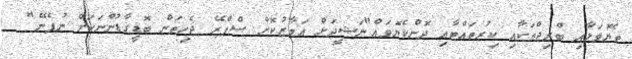
ތެޔޮވަޅާއި ބްރިޖްތަކާއި ކިރުތައްޓާއި ދޮންކެޔޮވައް"ނަޝީދަށް އަމާޒުކޮށް ސްޕްރޭ ޖެހިތަން ބޮޑީގާޑުންނަކަށް ނުފެނޭ"